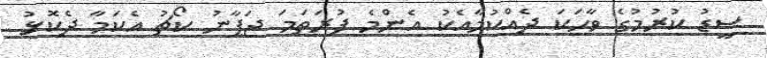
ސީޑު ކުރުމުގެ ވާހަކަ ދެއްކުމާއެކު އެންމެ ފުރަތަމަ ޖަޕާނު ކޯޗު އެކަމާ ދެކޮޅު